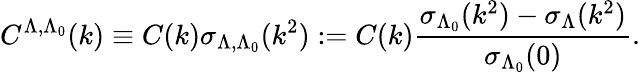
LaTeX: C^{\Lambda,\Lambda_{0}}(k)\equiv C(k)\sigma_{\Lambda,\Lambda_{0}}(k^{2}):=C(k)\frac{\sigma_{\Lambda_{0}}(k^{2})-\sigma_{\Lambda}(k^{2})}{\sigma_{\Lambda_{0}}(0)}.